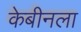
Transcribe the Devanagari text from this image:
केबीनला